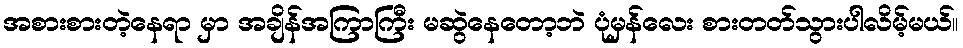
အစားစားတဲ့နေရာ မှာ အချိန်အကြာကြီး မဆွဲနေတော့ဘဲ ပုံမှန်လေး စားတတ်သွားပါလိမ့်မယ်။